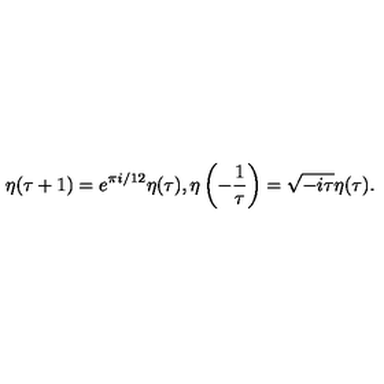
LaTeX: \eta ( \tau + 1 ) = e ^ { \pi i / 1 2 } \eta ( \tau ) , \eta \left( - \frac { 1 } { \tau } \right) = \sqrt { - i \tau } \eta ( \tau ) .